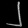
Digit: ၂